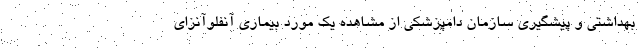
بهداشتی و پیشگیری سازمان دامپزشکی از مشاهده یک مورد بیماری آنفلوآنزای